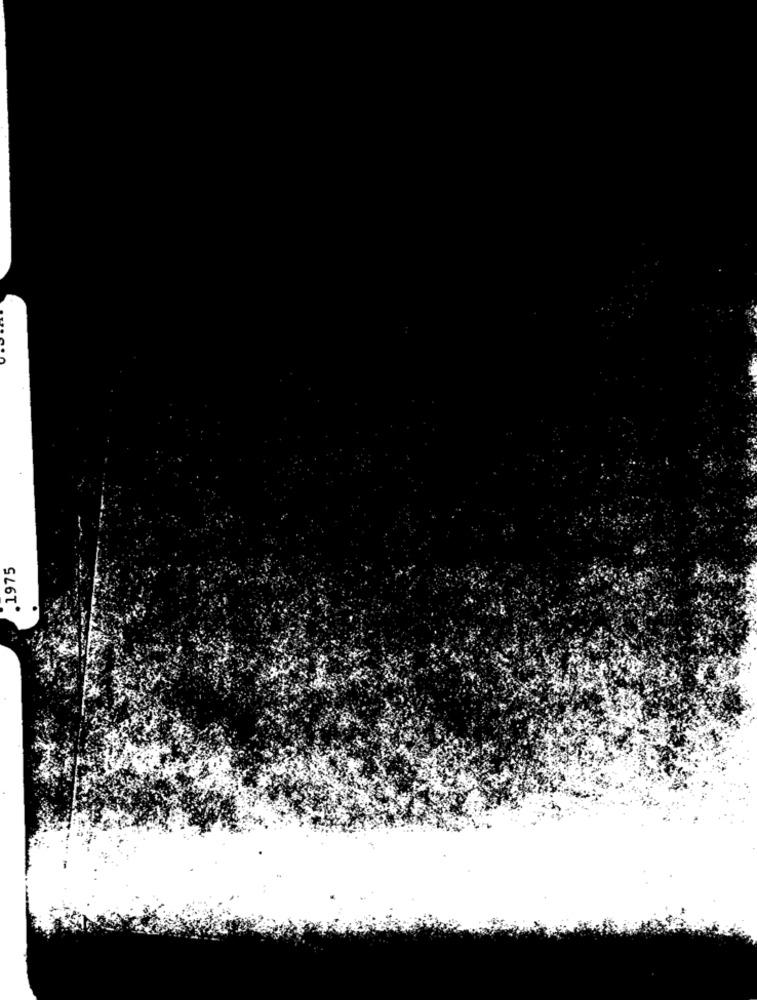
.1975